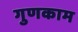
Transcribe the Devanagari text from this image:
गुणकाम